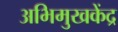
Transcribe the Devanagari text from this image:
अभिमुखकेंद्र